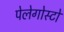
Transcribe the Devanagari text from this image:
पेलेगोस्टो